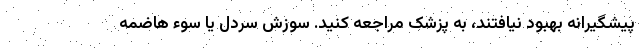
پیشگیرانه بهبود نیافتند، به پزشک مراجعه کنید. سوزش سردل یا سوء هاضمه